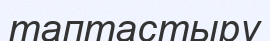
таптастыру